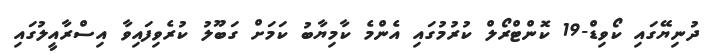
ދުނިޔޭގައި ކޯވިޑް-19 ކޮންޓްރޯލް ކުރުމުގައި އެންމެ ކާމިޔާބު ކަމަށް ގަބޫލު ކުރެވިފައިވާ އިސްރާއީލުގައި